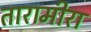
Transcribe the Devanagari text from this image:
तारामीरा